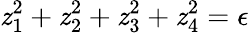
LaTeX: \mathit{z}_{1}^{2}+\mathit{z}_{2}^{2}+\mathit{z}_{3}^{2}+\mathit{z}_{4}^{2}=\epsilon